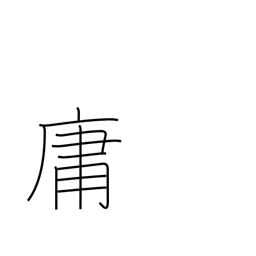
Meaning: commonplace